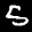
Label: 5